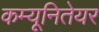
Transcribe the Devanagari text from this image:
कम्यूनितेयर